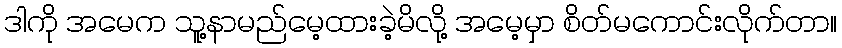
ဒါကို အမေက သူ့နာမည်မေ့ထားခဲ့မိလို့ အမေ့မှာ စိတ်မကောင်းလိုက်တာ။